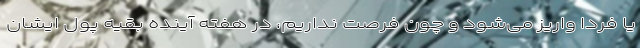
یا فردا واریز می‌شود و چون فرصت نداریم، در هفته آینده بقیه پول ایشان